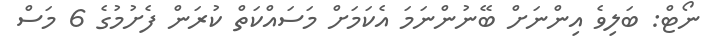
ނޯޓް: ބަލިވެ އިންނަށް ބޭނުންނަމަ އެކަމަށް މަސައްކަތް ކުރަން ފެށުމުގެ 6 މަސް